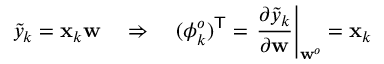
\tilde { y } _ { k } = \mathbf { x } _ { k } \mathbf { w } \quad \Rightarrow \quad ( \boldsymbol { \phi } _ { k } ^ { o } ) ^ { \sf T } = \left. \frac { \partial \tilde { y } _ { k } } { \partial \mathbf { w } } \right| _ { \mathbf { w } ^ { o } } = \mathbf { x } _ { k }